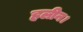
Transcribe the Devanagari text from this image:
हलीन।